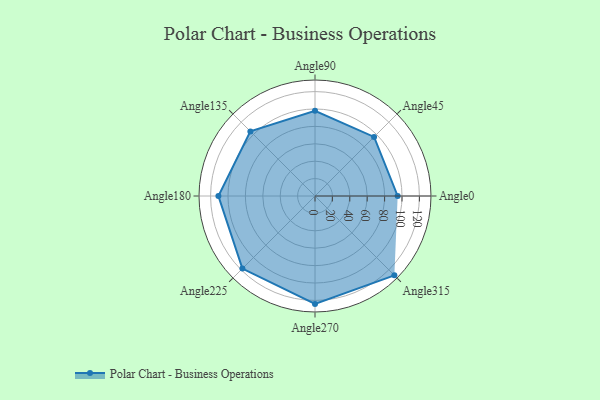
{"axis": {"x": "Angle", "y": "Radius"}, "legend": [""], "data": [{"x": "Angle0", "y": 95.0, "type": ""}, {"x": "Angle45", "y": 96.0, "type": ""}, {"x": "Angle90", "y": 98.0, "type": ""}, {"x": "Angle135", "y": 105.0, "type": ""}, {"x": "Angle180", "y": 111.0, "type": ""}, {"x": "Angle225", "y": 118.0, "type": ""}, {"x": "Angle270", "y": 124.0, "type": ""}, {"x": "Angle315", "y": 129.0, "type": ""}]}